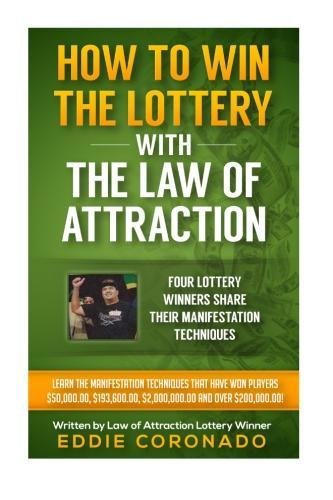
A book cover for How To Win The Lottery With The Law Of Attraction: Four Lottery Winners Share Their Manifestation Techniques; Eddie Coronado; Humor & Entertainment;